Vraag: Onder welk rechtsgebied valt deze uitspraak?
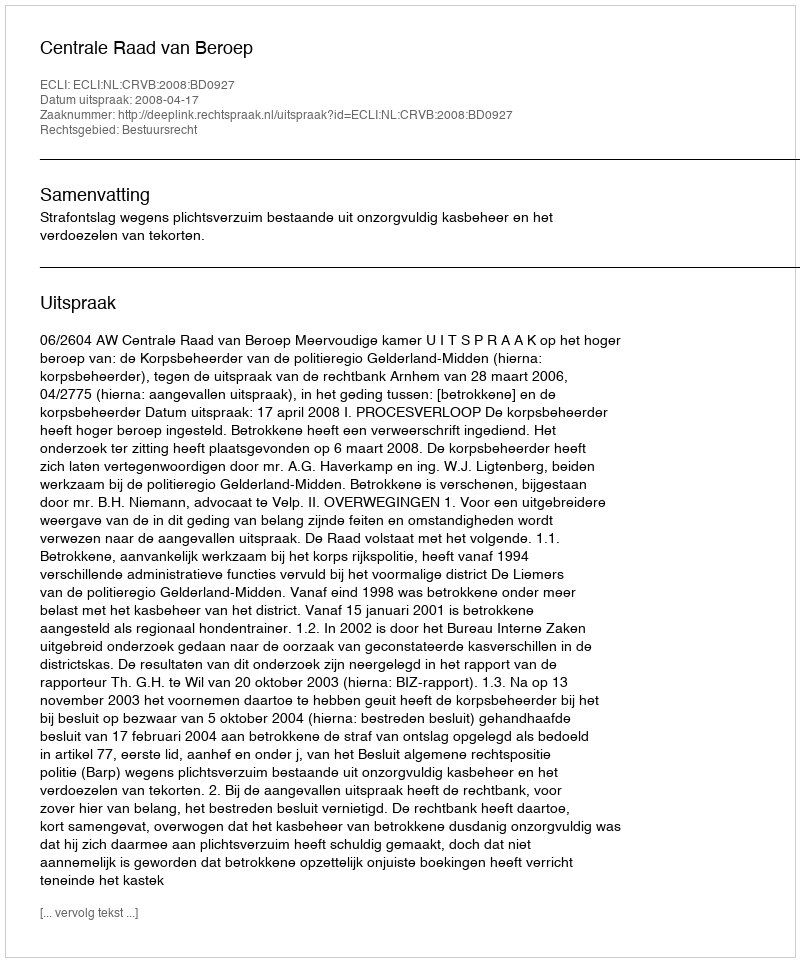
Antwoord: Bestuursrecht